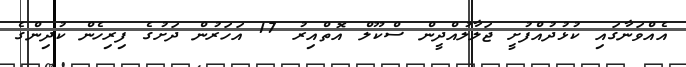
އެއްވަނާގައި ކުޅުދުއްފުށީ ޖަލާލުއްދީން ސްކޫލް އޮތްއިރު 17 އަހަރުން ދަށުގެ ފިރިހެން ކުދިންގެ